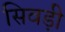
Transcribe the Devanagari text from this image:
सिवड़ी